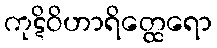
ကုဋိဝိဟာရိတ္ထေရော